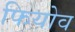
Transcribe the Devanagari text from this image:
फियोव